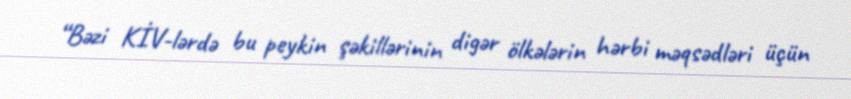
“Bəzi KİV-lərdə bu peykin şəkillərinin digər ölkələrin hərbi məqsədləri üçün